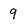
Character: 9